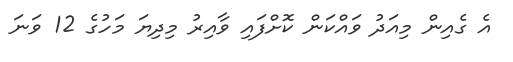
އެ ގެއިން މިއަދު ވައްކަން ކޮށްފައި ވާއިރު މިދިޔަ މަހުގެ 12 ވަނަ